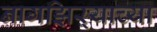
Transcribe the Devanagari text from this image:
नागझिऱ्याच्या